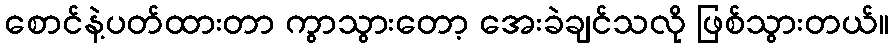
စောင်နဲ့ပတ်ထားတာ ကွာသွားတော့ အေးခဲချင်သလို ဖြစ်သွားတယ်။